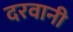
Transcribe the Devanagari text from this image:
दरवानी